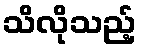
သိလိုသည့်